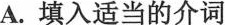
A.填入适当的介词